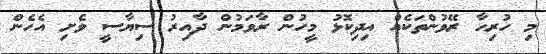
މި ހުރިހާ ރޭވުންތަކެއް އިދިކޮޅު މީހުން ރާވަމުން ދާއިރު ސިޔާސީ ވެށި އެހެން